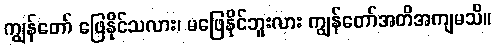
ကျွန်တော် ဖြေနိုင်သလား၊ မဖြေနိုင်ဘူးလား ကျွန်တော်အတိအကျမသိ။